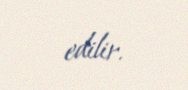
edilir.